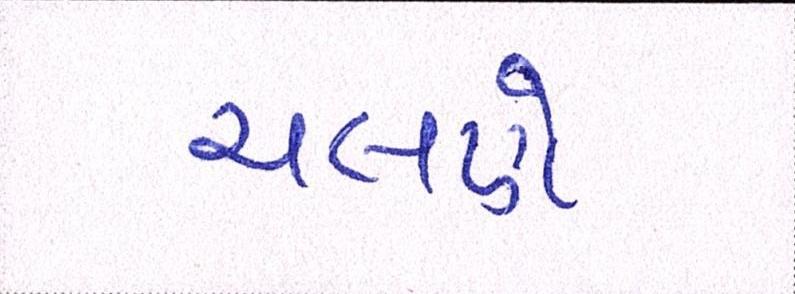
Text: ચલણે